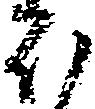
ほ